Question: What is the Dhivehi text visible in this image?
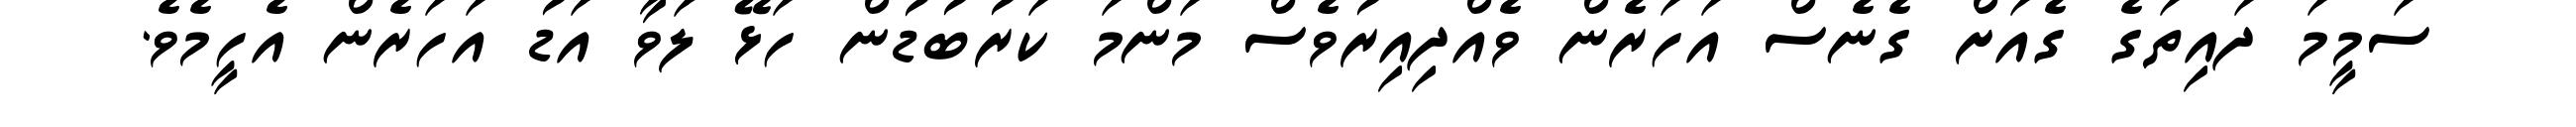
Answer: ސަމީމަ ދައިތަގެ ގެއަށް ގެނެސް އަހަރެން ވެއްދިއިރުވެސް މަންމަ ކަރުބުޑުން ހަޅޭ ލަވާ އަޑު އަހަރެން އެހީމެވެ.